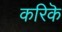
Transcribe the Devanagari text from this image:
करिकॆ